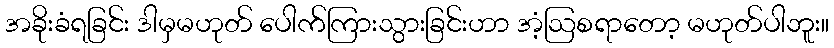
အခိုးခံရခြင်း ဒါမှမဟုတ် ပေါက်ကြားသွားခြင်းဟာ အံ့ဩစရာတော့ မဟုတ်ပါဘူး။